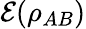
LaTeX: \mathcal{E}(\rho_{AB})